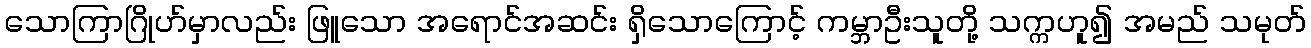
သောကြာဂြိုဟ်မှာလည်း ဖြူသော အရောင်အဆင်း ရှိသောကြောင့် ကမ္ဘာဦးသူတို့ သက္ကဟူ၍ အမည် သမုတ်